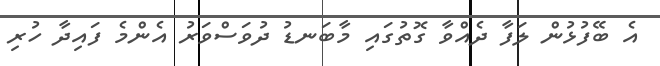
އެ ބޭފުޅުން ލަފާ ދެއްވާ ގޮތުގައި މާބަނޑު ދުވަސްވަރު އެންމެ ފައިދާ ހުރި